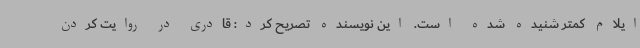
ایلام کمتر شنیده شده است. این نویسنده تصریح کرد: قادری در روایت کردن